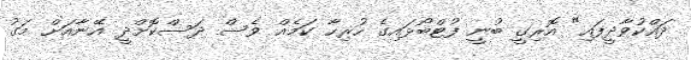
ދައްކުވާދީފައި" އޮރިގީ ބުނީ ފުޓްބޯޅައިގެ ހުރިހާ ކަމެއް ވެސް ދަސްކޮށްދީ އޭނާއަށް މަގު